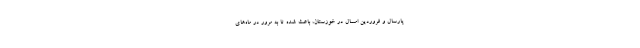
پارسال و فروردین امسال در خوزستان، باعث شده تا به مرور در ماه‌های